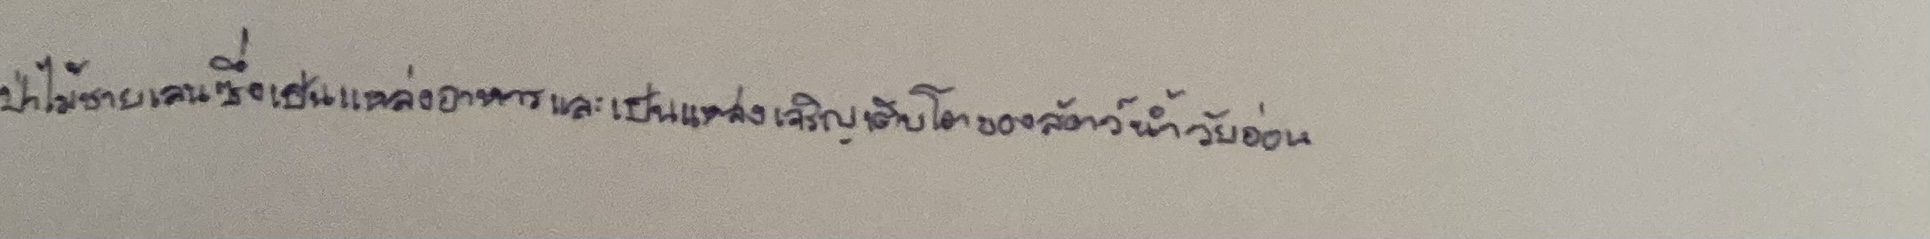
ป่าไม้ชายเลนซึ่งเป็นแหล่งอาหารและเป็นแหล่งเจริญเติบโตของสัตว์น้ำวัยอ่อน